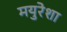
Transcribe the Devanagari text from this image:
मयुरेशा